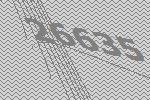
26635